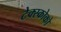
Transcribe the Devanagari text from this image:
टेक्स्कोको